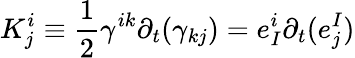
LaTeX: K_{j}^{i}\equiv{\frac{1}{2}}\gamma^{ik}\partial_{t}(\gamma_{kj})=e_{I}^{i}\partial_{t}(e_{j}^{I})